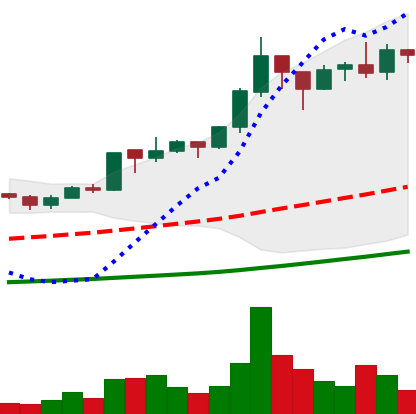
Ticker: ADA-USD
Chart end date: 2020-07-15
Forward return: -9.546%
Label: down_7plus